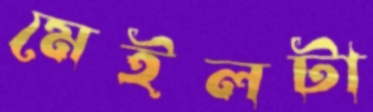
মেইলটা